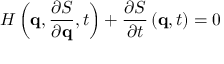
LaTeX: H \left( \mathbf { q } , { \frac { \partial S } { \partial \mathbf { q } } } , t \right) + { \frac { \partial S } { \partial t } } \left( \mathbf { q } , t \right) = 0